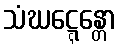
သံဃဋ္ဋေန္တော